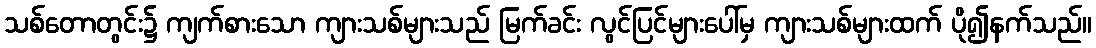
သစ်တောတွင်း၌ ကျက်စားသော ကျားသစ်များသည် မြက်ခင်း လွင်ပြင်များပေါ်မှ ကျားသစ်များထက် ပို၍နက်သည်။